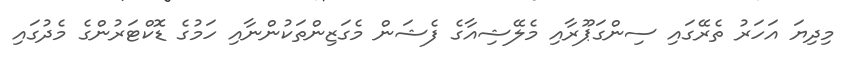
މިދިޔަ އަހަރު ތެރޭގައި ސިންގަޕޫރާއި މެލޭޝިއާގެ ފެޝަން މެގަޒިންތަކުންނާއި ހަމުގެ ޑޮކްޓަރުންގެ މެދުގައި